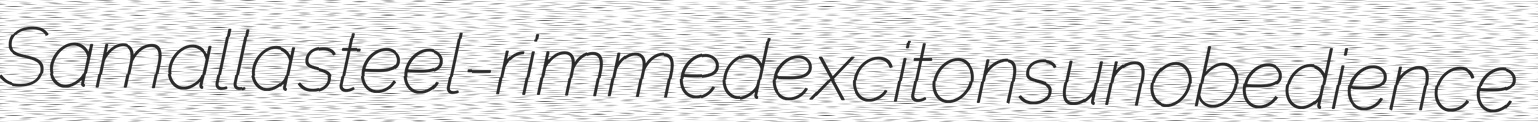
Samalla steel-rimmed excitons unobedience